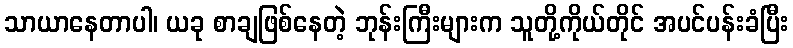
သာယာနေတာပါ၊ ယခု စာချဖြစ်နေတဲ့ ဘုန်းကြီးများက သူတို့ကိုယ်တိုင် အပင်ပန်းခံပြီး